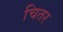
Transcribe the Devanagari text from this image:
चितर